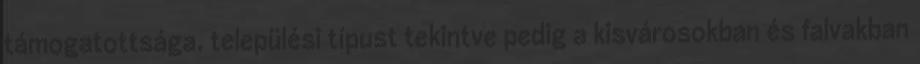
támogatottsága, települési típust tekintve pedig a kisvárosokban és falvakban